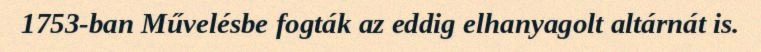
1753-ban Művelésbe fogták az eddig elhanyagolt altárnát is.